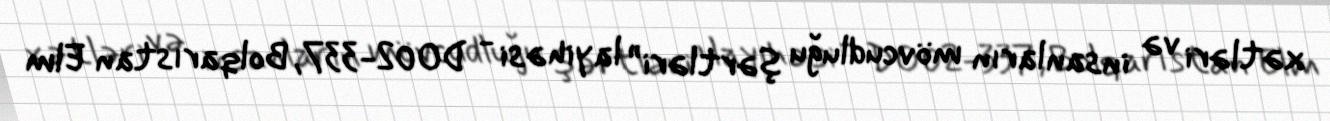
xətləri və insanların mövcudluğu şərtləri” layihəsi - DO02-337, Bolqarıstan Elm